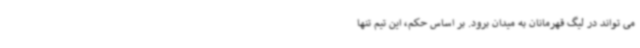
می تواند در لیگ قهرمانان به میدان برود. بر اساس حکم، این تیم تنها